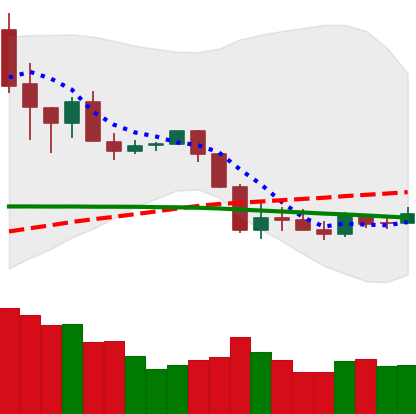
Ticker: XRP-USD
Chart end date: 2020-03-05
Forward return: -11.415%
Label: down_7plus